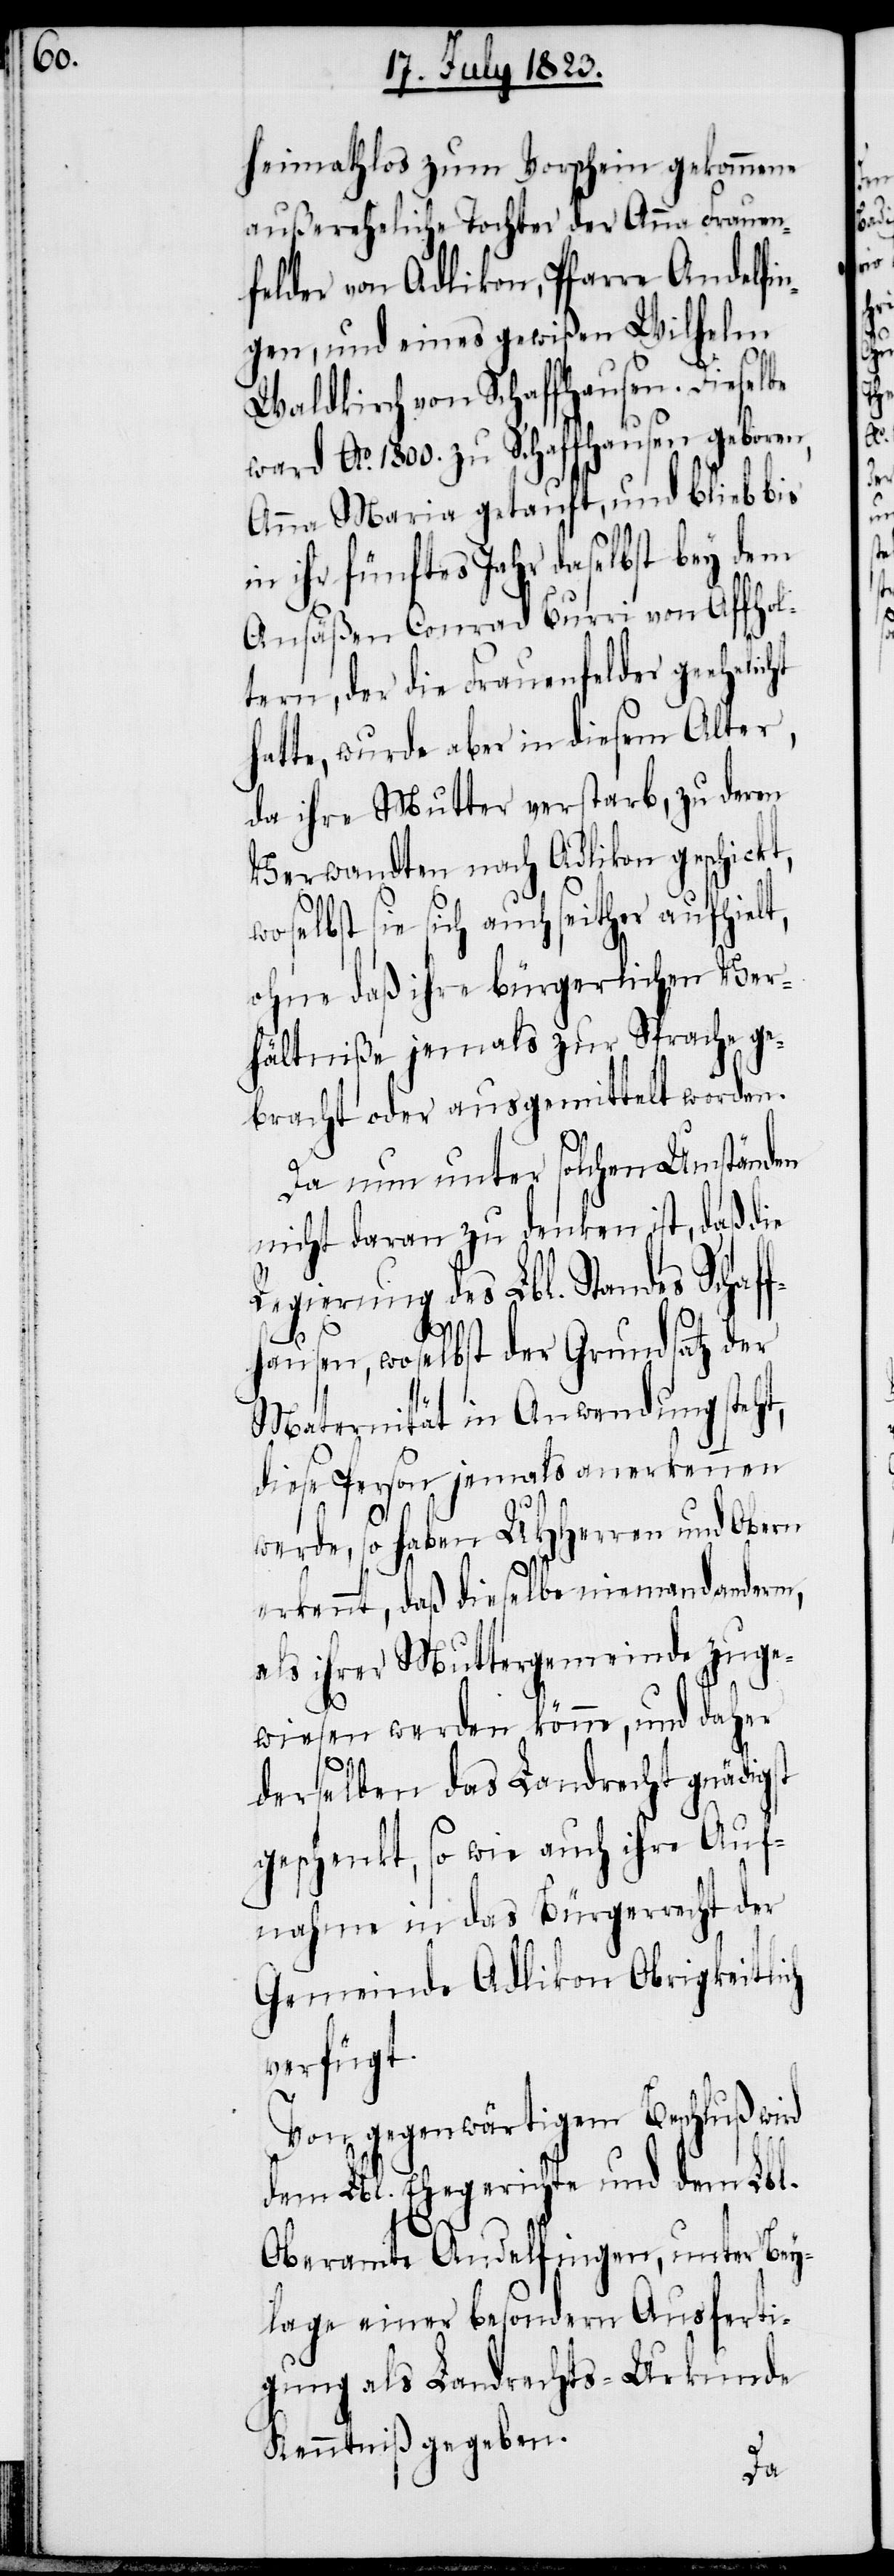
wos¬
heimathlos zum Vorschein gekommene
außereheliche Tochter der Anna Frauen¬
felder von Adlikon, Pfarre Andelfin¬
gen, und eines gewißen Wilhelm
Waldkirch von Schaffhausen. Dieselbe
ward Ao. 1800. zu Schaffhausen geboren,
Anna Maria getauft, und blieb bis
in ihr fünftes Jahr daselbst bey dem
Ansäßen Conrad Burri von Affhol¬
tern, der die Frauenfelder geehelic¬
hatte, wurde aber in diesem Alter,
da ihre Mutter verstarb, zu deren
Verwandten nach Adlikon geschickt,
elbst sie sich auch seither aufhielt,
ohne daß ihre bürgerlichen Ver¬
hältniße jemals zur Sprache ge¬
bracht oder ausgemittelt worden.
Da nun unter solchen Umständen
nicht daran zu denken ist, daß die
Regierung des Lbl. Standes Schaf¬
fhausen, woselbst der Grundsatz der
Maternität in Anwendung steht,
diese Person jemals anerkennen
werde, so haben UHHerren und Obern
erkennt, daß dieselbe niemand anderm,
als ihrer Muttergemeinde zuge¬
wiesen werden könne, und daher
derselben das Landrecht gnädigst
geschenkt, so wie auch ihre Auf¬
nahme in das Bürgerrecht der
Gemeinde Adlikon Obrigkeitlich
verfügt.
Von gegenwärtigem Beschluß wird
dem Lbl. Ehegerichte und dem Lbl.
Oberamte Andelfingen, unter Bey¬
lage einer besondern Ausferti¬
gung als Landrechts-Urkunde
Kenntniß gegeben.